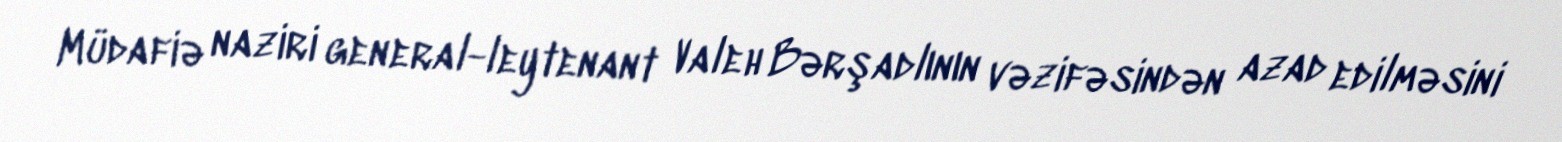
Müdafiə naziri general-leytenant Valeh Bərşadlının vəzifəsindən azad edilməsini